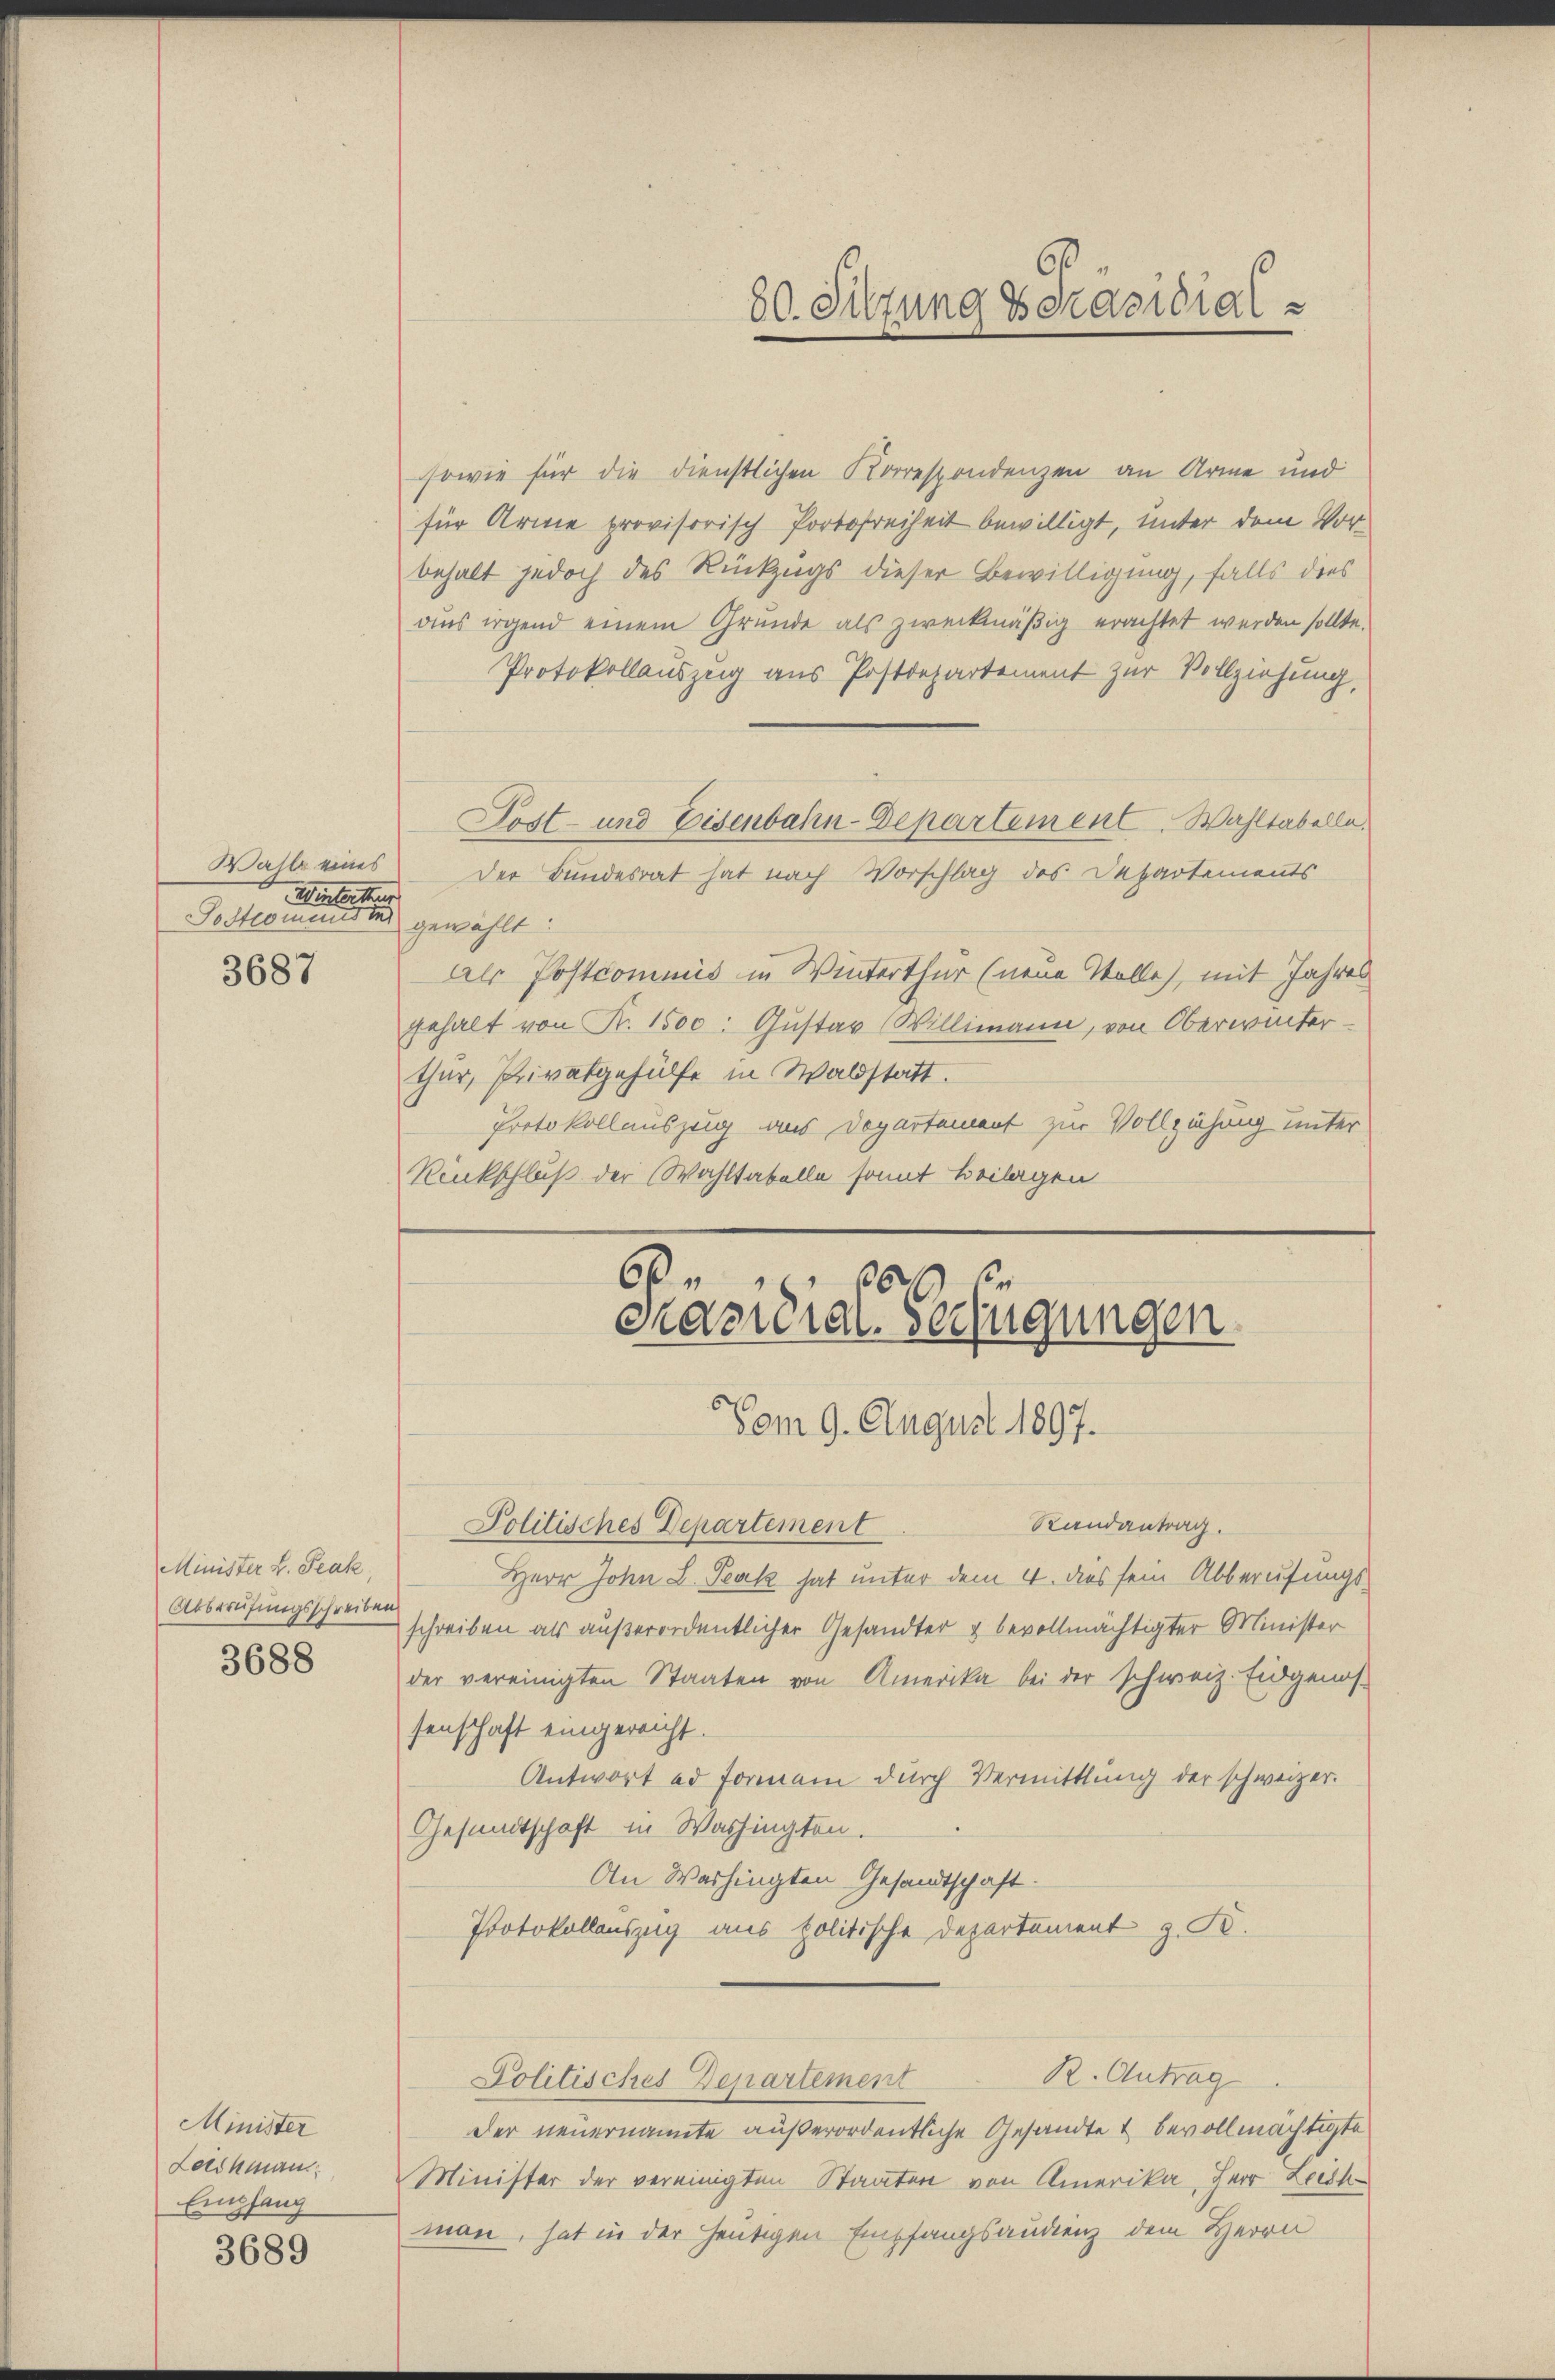
Wahle eines
Winterthur
Postromenden gewählt:
3687

Minister L. Peak,
Abberufungsschreiben
3688

Minister
Laskman
Empfang
3689

sowie für die dienstlichen Korrespondenzen an Arme und
für Arme provisorisch Portofreiheit bewilligt, unter dem Vorbehalt jedoch des Rückzugs dieser Bewilligung, falls dies
aus irgend einem Gründe als zweckmäßig erachtet werden sollte.
Protokollauszug aus Postdepartement zur Vollziehung,
Post- und Eisenbahn-Departement. Wahltabella¬
Der Bundesrat hat nach Vorschlag des Departements
als Postcommis in Winterthur (neue Volle, mit Jahres
gehalt von K. 1500: Gustav Willimann, von Oberwinter-
thur, Privatgehülfe in Waldstatt.
Protokollauszug aus Departement zur Vollziehung unter
Renkschluß der Wahltabella somit Beilagen
Vom 9. August 1897.
Randantrag.
Politisches Departement
Herr John L. Teck hat unter dem 4. dies sein Abberufungs-
schreiben als außerordentlicher Gesandter & bevollmächtigter Minister
der vereinigten Staaten von Amerika bei der schweiz. Eidgenos-
senschaft eingereicht.
Antwort ad Formen durch Vermittlung der schweizer.
Gesandtschaft in Washingten.
An Washingten Gesandtschaft:
Protokollauszug aus politische Departement z. B.
R. Antrag
Politisches Departement
Der neuernannte außerordentliche Gesandte & bevollmächtigte
Minister der vereinigten Staaten von Amerika, Herr Leist
man, hat in der heutigen Empfangsaudienz dem Herrn

80. Sitzung präsidial

60
8
Prapidial-Verfügungen